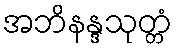
အဘိနန္ဒသုတ္တံ